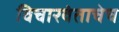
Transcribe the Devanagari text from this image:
विचारवंताचेच